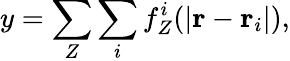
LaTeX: y=\sum_{Z}\sum_{i}f_{Z}^{i}(|\textbf{r}-\textbf{r}_{i}|),